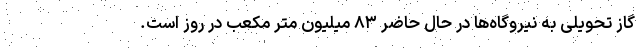
گاز تحویلی به نیروگاه‌ها در حال حاضر ۸۳ میلیون متر مکعب در روز است.